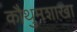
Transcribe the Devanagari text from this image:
कौथुमशाखा